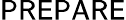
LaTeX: \mathsf{PREPARE}